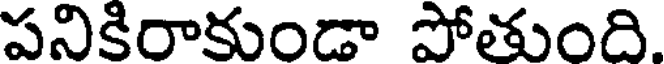
పనికిరాకుండా పోతుంది.